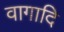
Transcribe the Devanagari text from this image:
वागादि